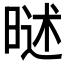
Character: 𣉐